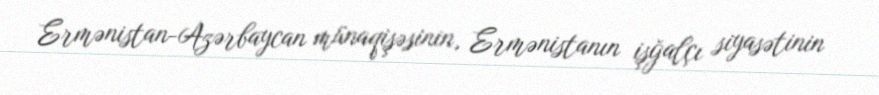
Ermənistan-Azərbaycan münaqişəsinin, Ermənistanın işğalçı siyasətinin